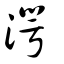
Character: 湂